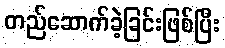
တည်ဆောက်ခဲ့ခြင်းဖြစ်ပြီး